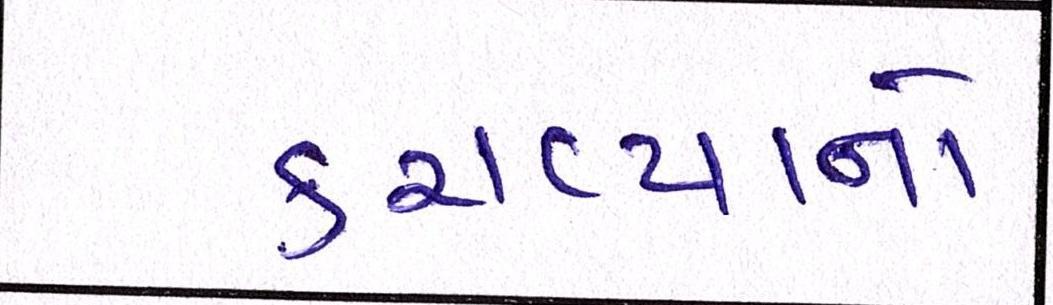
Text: કરાવ્યાનો